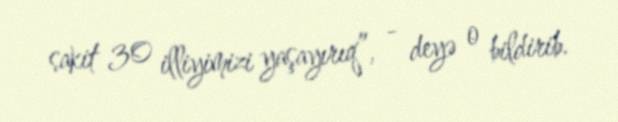
sakit 30 illiyimizi yaşayırıq”, - deyə o bildirib.